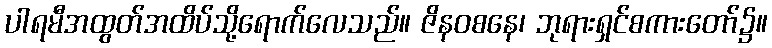
ပါရမီအထွတ်အထိပ်သို့ရောက်လေသည်။ ဇိနဝစနေ၊ ဘုရားရှင်စကားတော်၌။